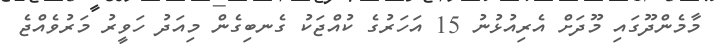
މާމެންދޫގައި މޫދަށް އެރިއުޅުނު 15 އަހަރުގެ ކުއްޖަކު ގެނބިގެން މިއަދު ހަވީރު މަރުވެއްޖެ